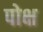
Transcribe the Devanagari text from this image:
पोक्ष